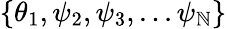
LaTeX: \{ \theta_{1},\psi_{2},\psi_{3},...\psi_{\mathbb{N}}\}